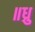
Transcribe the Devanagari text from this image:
॥ध्रु